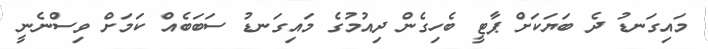
މައިގަނޑު ދެ ބަޔަކަށް ޕާޓީ ބެހިގެން ދިއުމުގެ މައިގަނޑު ސަބަބެއް ކަމަށް ވިސްނެނީ